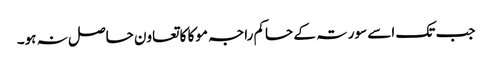
جب تک اسے سورتہ کے حاکم راجہ موکا کا تعاون حاصل نہ ہو۔